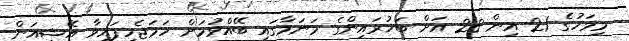
މިމަހުގެ 21 އިން 28 އަށް ބަޚުރައިންގެ މަނަމާގައި ބޭއްވުމަށް ހަމަޖެހިފައިވާ އޭޝިއަން